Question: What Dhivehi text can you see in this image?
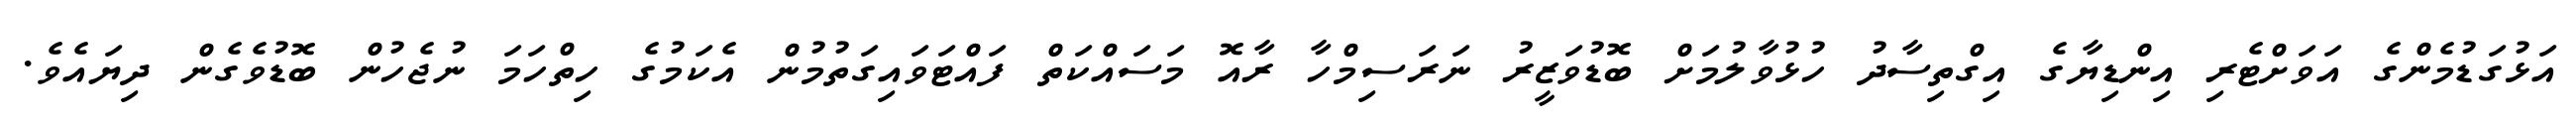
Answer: އަޅުގަޑުމެންގެ އަވަށްޓެރި އިންޑިޔާގެ އިގްތިސާދު ހުޅުވާލުމަށް ބޮޑުވަޒީރު ނަރަސިމްހާ ރާއޮ މަސައްކަތް ފައްޓަވައިގަތުމުން އެކަމުގެ ހިތްހަމަ ނުޖެހުން ބޮޑުވެގެން ދިޔައެވެ.